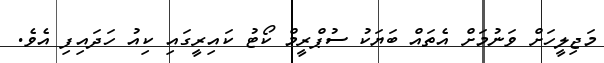
މަޖިލީހަށް ވަނުމަށް އެތައް ބަޔަކު ސުޕްރީމް ކޯޓު ކައިރީގައި ކިއު ހަދައިފި އެވެ.